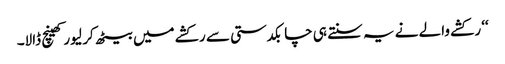
‘‘ رکشے والے نے یہ سنتے ہی چابکدستی سے رکشے میں بیٹھ کر لیور کھینچ ڈالا۔